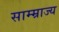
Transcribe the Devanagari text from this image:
साम्म्राज्य